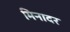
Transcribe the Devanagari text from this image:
मिनादर